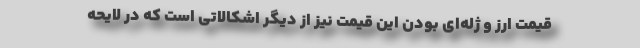
قیمت ارز و ژله‌ای بودن این قیمت نیز از دیگر اشکالاتی است که در لایحه